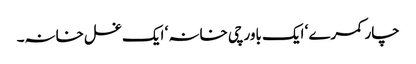
چار کمرے ‘ ایک باورچی خانہ ‘ ایک غسل خانہ۔